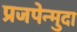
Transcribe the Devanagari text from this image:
प्रजपेन्मुदा